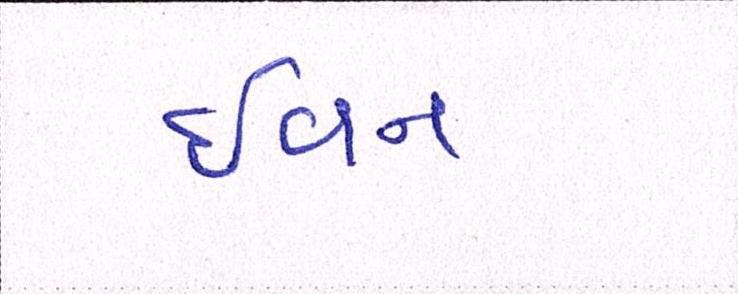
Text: ઇવન